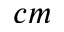
c m